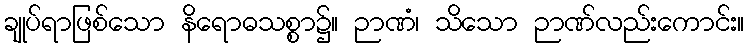
ချုပ်ရာဖြစ်သော နိရောဓသစ္စာ၌။ ဉာဏံ၊ သိသော ဉာဏ်လည်းကောင်း။